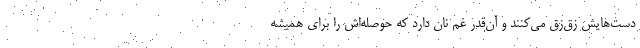
دست‌هايش زق‌زق مي‌كنند و آن‌قدر غم نان دارد كه حوصله‌اش را براي هميشه